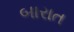
બારાત